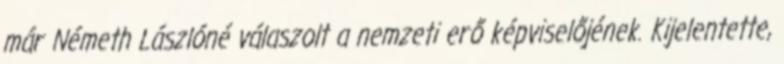
már Németh Lászlóné válaszolt a nemzeti erő képviselőjének. Kijelentette,